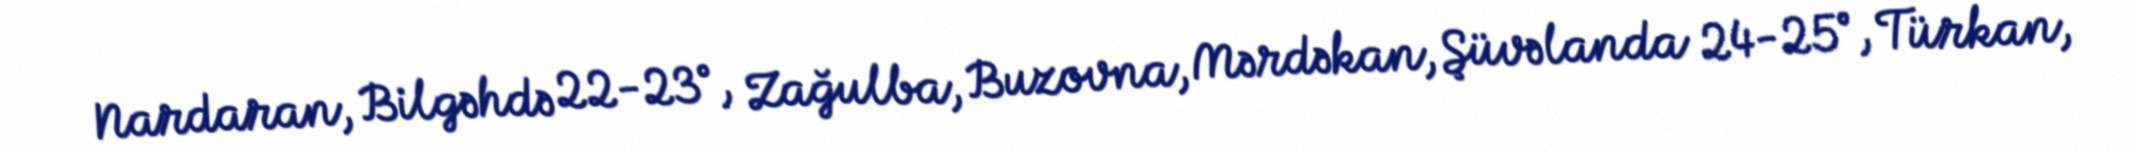
Nardaran, Bilgəhdə 22-23°, Zağulba, Buzovna, Mərdəkan, Şüvəlanda 24-25°, Türkan,